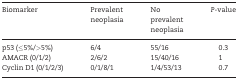
<table><thead><tr><td><b>Biomarker</b></td><td><b>Prevalent neoplasia</b></td><td><b>No prevalent neoplasia</b></td><td><b><i>P</i>-value</b></td></tr></thead><tbody><tr><td>p53 (≤5%/&gt;5%)</td><td>6/4</td><td>55/16</td><td>0.3</td></tr><tr><td>AMACR (0/1/2)</td><td>2/6/2</td><td>15/40/16</td><td>1</td></tr><tr><td>Cyclin D1 (0/1/2/3)</td><td>0/1/8/1</td><td>1/4/53/13</td><td>0.7</td></tr></tbody></table>